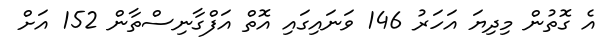
އެ ގޮތުން މިދިޔަ އަހަރު 146 ވަނައިގައި އޮތް އަފްގާނިސްތާން 152 އަށް